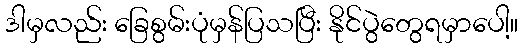
ဒါမှလည်း ခြေစွမ်းပုံမှန်ပြသပြီး နိုင်ပွဲတွေရမှာပေါ့။